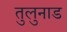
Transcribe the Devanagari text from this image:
तुलुनाड